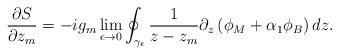
LaTeX: \begin{align*}\frac{\partial S}{\partial z_m} = - i g_m \lim_{\epsilon \rightarrow 0}\oint_{\gamma_{\epsilon}} \frac{1}{z-z_m}\partial_z\left(\phi_M+ \alpha_1\phi_B\right) d z.\end{align*}